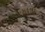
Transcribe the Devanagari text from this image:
फाइब्रोस्कैन